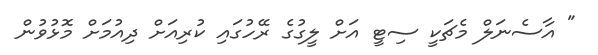
" އާސެނަލް މެޗަކީ ސިޓީ އަށް ލީގުގެ ރޭހުގައި ކުރިއަށް ދިއުމަށް މޮޅުވުން